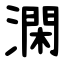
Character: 澖